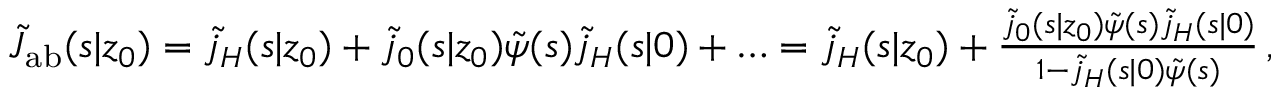
\begin{array} { r } { \tilde { J } _ { \mathrm { { a b } } } ( s | z _ { 0 } ) = \tilde { j } _ { H } ( s | z _ { 0 } ) + \tilde { j } _ { 0 } ( s | z _ { 0 } ) \tilde { \psi } ( s ) \tilde { j } _ { H } ( s | 0 ) + \ldots = \tilde { j } _ { H } ( s | z _ { 0 } ) + \frac { \tilde { j } _ { 0 } ( s | z _ { 0 } ) \tilde { \psi } ( s ) \tilde { j } _ { H } ( s | 0 ) } { 1 - \tilde { j } _ { H } ( s | 0 ) \tilde { \psi } ( s ) } \, , } \end{array}